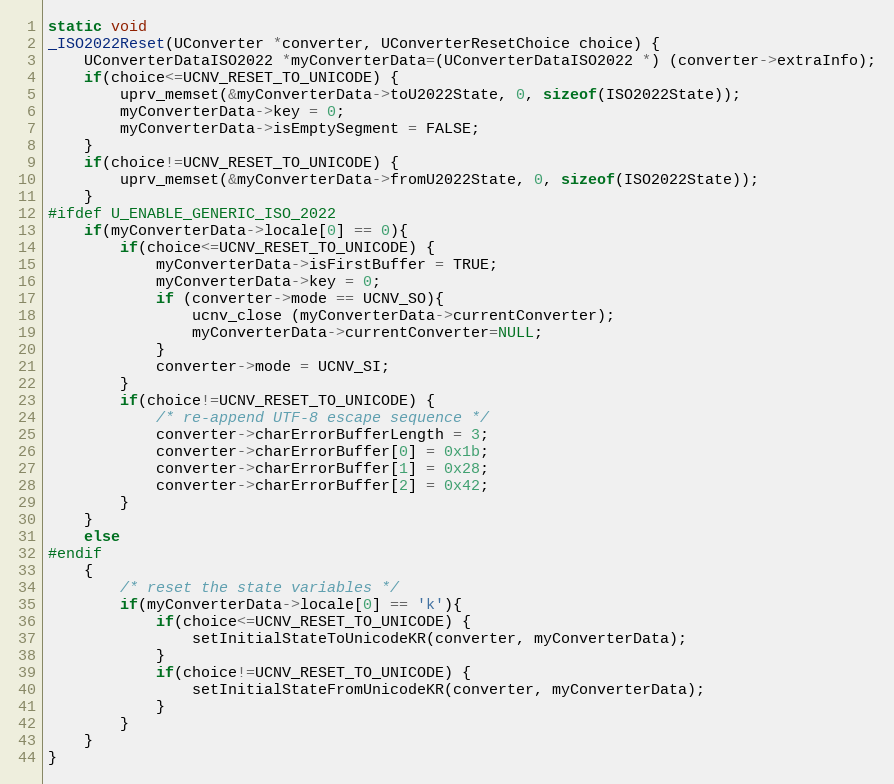
Language: C++
static void
_ISO2022Reset(UConverter *converter, UConverterResetChoice choice) {
    UConverterDataISO2022 *myConverterData=(UConverterDataISO2022 *) (converter->extraInfo);
    if(choice<=UCNV_RESET_TO_UNICODE) {
        uprv_memset(&myConverterData->toU2022State, 0, sizeof(ISO2022State));
        myConverterData->key = 0;
        myConverterData->isEmptySegment = FALSE;
    }
    if(choice!=UCNV_RESET_TO_UNICODE) {
        uprv_memset(&myConverterData->fromU2022State, 0, sizeof(ISO2022State));
    }
#ifdef U_ENABLE_GENERIC_ISO_2022
    if(myConverterData->locale[0] == 0){
        if(choice<=UCNV_RESET_TO_UNICODE) {
            myConverterData->isFirstBuffer = TRUE;
            myConverterData->key = 0;
            if (converter->mode == UCNV_SO){
                ucnv_close (myConverterData->currentConverter);
                myConverterData->currentConverter=NULL;
            }
            converter->mode = UCNV_SI;
        }
        if(choice!=UCNV_RESET_TO_UNICODE) {
            /* re-append UTF-8 escape sequence */
            converter->charErrorBufferLength = 3;
            converter->charErrorBuffer[0] = 0x1b;
            converter->charErrorBuffer[1] = 0x28;
            converter->charErrorBuffer[2] = 0x42;
        }
    }
    else
#endif
    {
        /* reset the state variables */
        if(myConverterData->locale[0] == 'k'){
            if(choice<=UCNV_RESET_TO_UNICODE) {
                setInitialStateToUnicodeKR(converter, myConverterData);
            }
            if(choice!=UCNV_RESET_TO_UNICODE) {
                setInitialStateFromUnicodeKR(converter, myConverterData);
            }
        }
    }
}